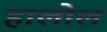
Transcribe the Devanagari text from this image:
हालोल